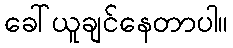
ခေါ်ယူချင်နေတာပါ။